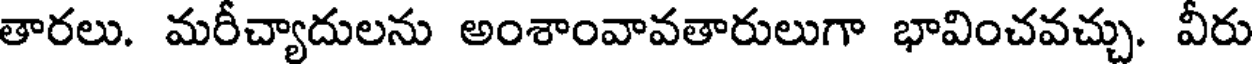
తారలు. మరీచ్యాదులను అంశాంవావతారులుగా భావించవచ్చు. వీరు